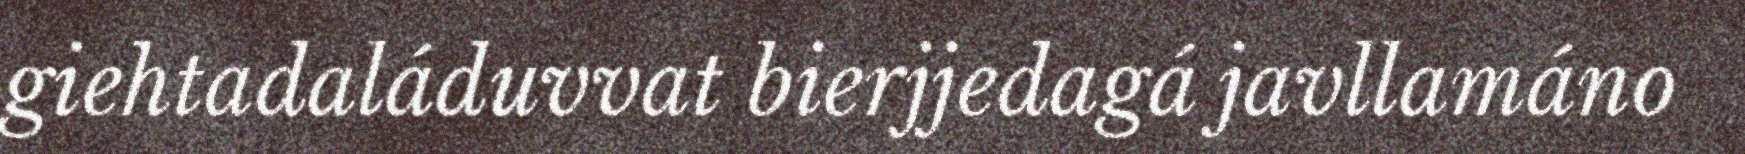
giehtadaláduvvat bierjjedagá javllamáno